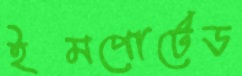
ইমপোর্টেড